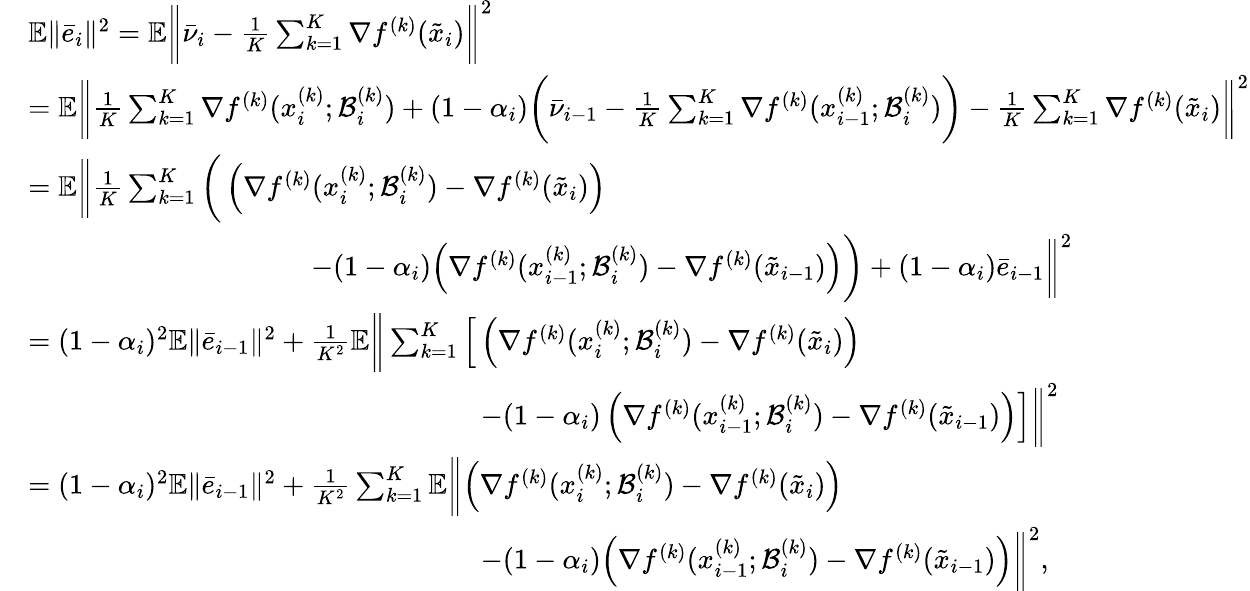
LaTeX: \begin{array}{rl}&{\mathbb{E}\| \bar{e}_{i}\| ^{2}=\mathbb{E}\bigg\| \bar{\nu}_{i}-\frac{1}{K}\sum_{k=1}^{K}\nabla f^{(k)}(\tilde{x}_{i})\bigg\| ^{2}}\\ &{=\mathbb{E}\bigg\| \frac{1}{K}\sum_{k=1}^{K}\nabla f^{(k)}(x_{i}^{(k)};\mathcal{B}_{i}^{(k)})+(1-\alpha_{i})\bigg(\bar{\nu}_{i-1}-\frac{1}{K}\sum_{k=1}^{K}\nabla f^{(k)}(x_{i-1}^{(k)};\mathcal{B}_{i}^{(k)})\bigg)-\frac{1}{K}\sum_{k=1}^{K}\nabla f^{(k)}(\tilde{x}_{i})\bigg\| ^{2}}\\ &{=\mathbb{E}\bigg\| \frac{1}{K}\sum_{k=1}^{K}\bigg(\left(\nabla f^{(k)}(x_{i}^{(k)};\mathcal{B}_{i}^{(k)})-\nabla f^{(k)}(\tilde{x}_{i})\right)}\\ &{\qquad\qquad\qquad\qquad\qquad-(1-\alpha_{i})\Big(\nabla f^{(k)}(x_{i-1}^{(k)};\mathcal{B}_{i}^{(k)})-\nabla f^{(k)}(\tilde{x}_{i-1})\Big)\bigg)+(1-\alpha_{i})\bar{e}_{i-1}\bigg\| ^{2}}\\ &{=(1-\alpha_{i})^{2}\mathbb{E}\| \bar{e}_{i-1}\| ^{2}+\frac{1}{K^{2}}\mathbb{E}\bigg\| \sum_{k=1}^{K}\Big[\left(\nabla f^{(k)}(x_{i}^{(k)};\mathcal{B}_{i}^{(k)})-\nabla f^{(k)}(\tilde{x}_{i})\right)}\\ &{\qquad\qquad\qquad\qquad\qquad\qquad\qquad\qquad-(1-\alpha_{i})\left(\nabla f^{(k)}(x_{i-1}^{(k)};\mathcal{B}_{i}^{(k)})-\nabla f^{(k)}(\tilde{x}_{i-1})\right)\Big]\bigg\| ^{2}}\\ &{=(1-\alpha_{i})^{2}\mathbb{E}\| \bar{e}_{i-1}\| ^{2}+\frac{1}{K^{2}}\sum_{k=1}^{K}\mathbb{E}\bigg\| \Big(\nabla f^{(k)}(x_{i}^{(k)};\mathcal{B}_{i}^{(k)})-\nabla f^{(k)}(\tilde{x}_{i})\Big)}\\ &{\qquad\qquad\qquad\qquad\qquad\qquad\qquad\qquad-(1-\alpha_{i})\Big(\nabla f^{(k)}(x_{i-1}^{(k)};\mathcal{B}_{i}^{(k)})-\nabla f^{(k)}(\tilde{x}_{i-1})\Big)\bigg\| ^{2},}\end{array}